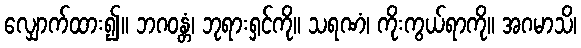
လျှောက်ထား၍။ ဘဂဝန္တံ၊ ဘုရားရှင်ကို။ သရဏံ၊ ကိုးကွယ်ရာကို။ အဂမာသိ၊